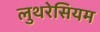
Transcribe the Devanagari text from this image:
लुथरेसियम